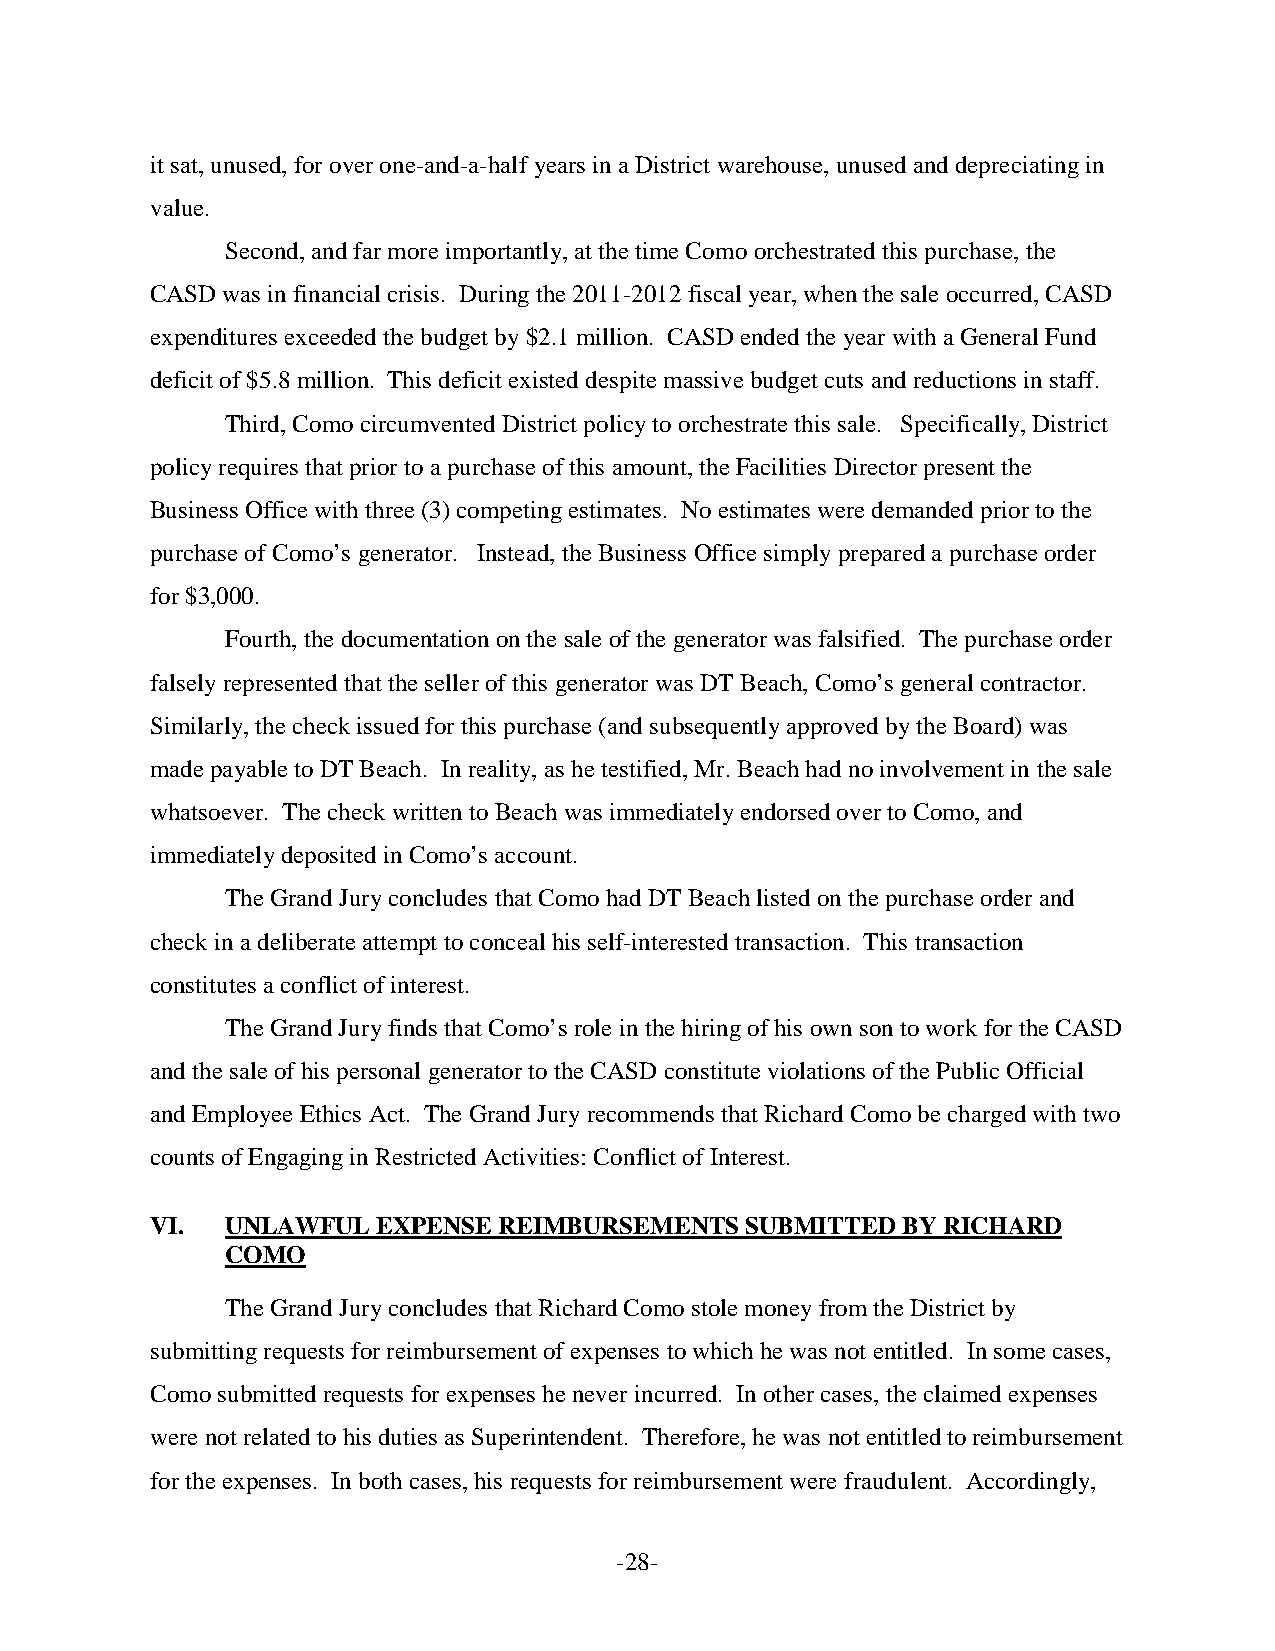
it sat, unused, for over one-and-a-half years in a District warehouse, unused and depreciating in
 value.
 Second, and far more importantly, at the time Como orchestrated this purchase, the
 CASD was in financial crisis. During the 2011-2012 fiscal year, when the sale occurred, CASD
 expenditures exceeded the budget by $2.1 million. CASD ended the year with a General Fund
 deficit of $5.8 million. This deficit existed despite massive budget cuts and reductions in staff.
 Third, Como circumvented District policy to orchestrate this sale. Specifically, District
 policy requires that prior to a purchase of this amount, the Facilities Director present the
 Business Office with three (3) competing estimates. No estimates were demanded prior to the
 purchase of Como’s generator. Instead, the Business Office simply prepared a purchase order
 for $3,000.
 Fourth, the documentation on the sale of the generator was falsified. The purchase order
 falsely represented that the seller of this generator was DT Beach, Como’s general contractor.
 Similarly, the check issued for this purchase (and subsequently approved by the Board) was
 made payable to DT Beach. In reality, as he testified, Mr. Beach had no involvement in the sale
 whatsoever. The check written to Beach was immediately endorsed over to Como, and
 immediately deposited in Como’s account.
 The Grand Jury concludes that Como had DT Beach listed on the purchase order and
 check in a deliberate attempt to conceal his self-interested transaction. This transaction
 constitutes a conflict of interest.
 The Grand Jury finds that Como’s role in the hiring of his own son to work for the CASD
 and the sale of his personal generator to the CASD constitute violations of the Public Official
 and Employee Ethics Act. The Grand Jury recommends that Richard Como be charged with two
 counts of Engaging in Restricted Activities: Conflict of Interest.
 VI.  UNLAWFUL  EXPENSE REIMBURSEMENTS  SUBMITTED  BY RICHARD
 COMO
 The Grand Jury concludes that Richard Como stole money from the District by
 submitting requests for reimbursement of expenses to which he was not entitled. In some cases,
 Como submitted requests for expenses he never incurred. In other cases, the claimed expenses
 were not related to his duties as Superintendent. Therefore, he was not entitled to reimbursement
 for the expenses. In both cases, his requests for reimbursement were fraudulent. Accordingly,
 -28-